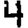
Digit: 4